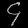
Digit: ၄